Report on vaccination in the Province of Bengal - 1874-1889
Year: 1874
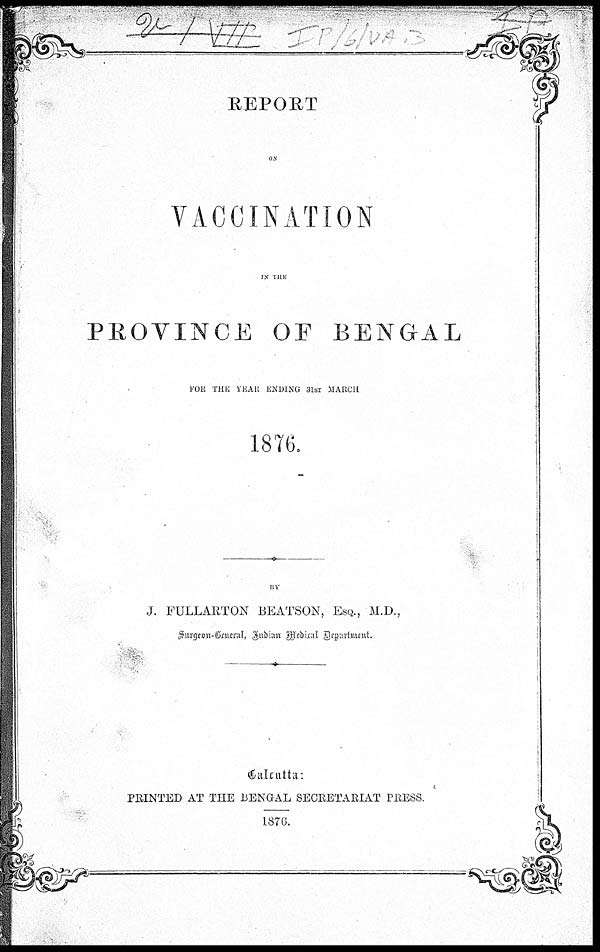
REPORT
ON
VACCINATION
IN THE
PROVINCE OF BENGAL
FOR THE YEAR ENDING 31ST MARCH
1876.
BY
J. FULLARTON BEATSON, ESQ., M.D.,
Surgeon-General, Indian Medical Department.
Calcutta:
PRINTED AT THE BENGAL SECRETARIAT PRESS.
1876.